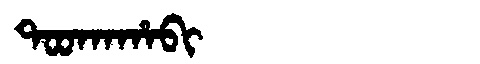
Manchu: ᡨᠣᠣᡴᠠᡥᠠᠪᡳ
Romanization: TOOKAHABI